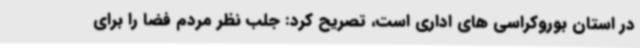
در استان بوروکراسی های اداری است، تصریح کرد: جلب نظر مردم فضا را برای